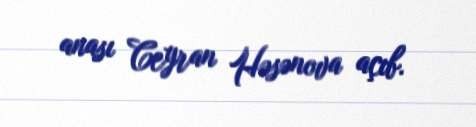
anası Ceyran Həsənova açıb.